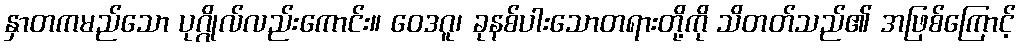
နှာတကမည်သော ပုဂ္ဂိုလ်လည်းကောင်း။ ဝေဒဂူ၊ ခုနစ်ပါးသောတရားတို့ကို သိတတ်သည်၏ အဖြစ်ကြောင့်